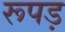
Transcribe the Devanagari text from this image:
रूपड़